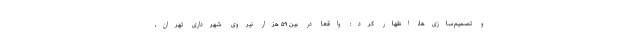
و تصمیم‌سازی‌ها، اظهار کرد: واقعاً در بین ۵۹ هزار نیروی شهرداری تهران،